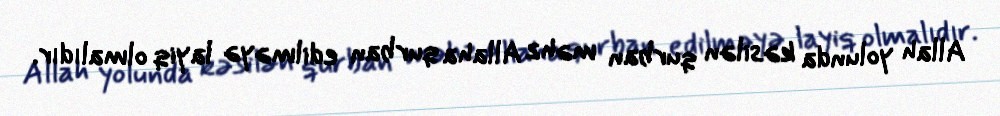
Allah yolunda kəsilən qurban məhz Allaha qurban edilməyə layiq olmalıdır.